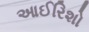
આઈરિશો